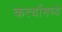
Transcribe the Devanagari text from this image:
कर्त्यामध्ये